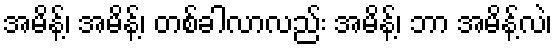
အမိန့်၊ အမိန့်၊ တစ်ခါလာလည်း အမိန့်၊ ဘာ အမိန့်လဲ၊